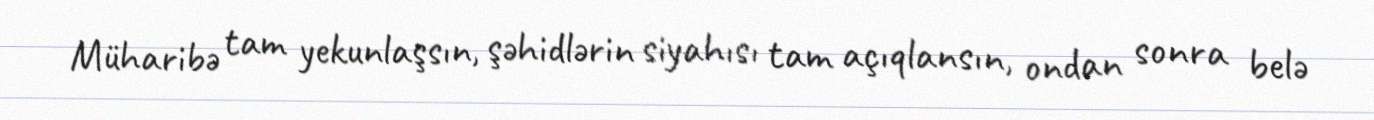
Müharibə tam yekunlaşsın, şəhidlərin siyahısı tam açıqlansın, ondan sonra belə